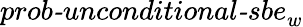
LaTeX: \textit{prob-unconditional-sbe}_{w}